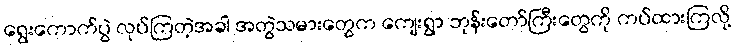
ရွေးကောက်ပွဲ လုပ်ကြတဲ့အခါ အတွဲသမားတွေက ကျေးရွာ ဘုန်းတော်ကြီးတွေကို ကပ်ထားကြလို့